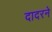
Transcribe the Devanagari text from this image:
दादरने